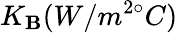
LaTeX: K_{\mathbf{B}}(W/m^{2\circ}C)